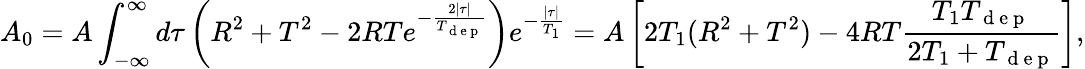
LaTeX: A_{0}=A\int_{-\infty}^{\infty}d\tau\left(R^{2}+T^{2}-2RTe^{-\frac{2|\tau|}{T_{\mathrm{~d~e~p~}}}}\right)e^{-\frac{|\tau|}{T_{1}}}=A\left[2T_{1}(R^{2}+T^{2})-4RT\frac{T_{1}T_{\mathrm{~d~e~p~}}}{2T_{1}+T_{\mathrm{~d~e~p~}}}\right],